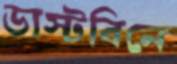
ডাস্টবিনে